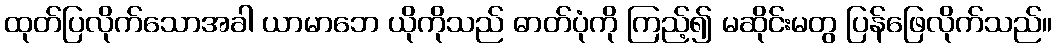
ထုတ်ပြလိုက်သောအခါ ယာမာဘေ ယိုကိုသည် ဓာတ်ပုံကို ကြည့်၍ မဆိုင်းမတွ ပြန်ဖြေလိုက်သည်။